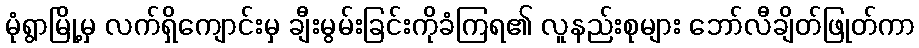
မုံရွာမြို့မှ လက်ရှိကျောင်းမှ ချီးမွမ်းခြင်းကိုခံကြရ၏ လူနည်းစုများ ဘော်လီချိတ်ဖြုတ်ကာ